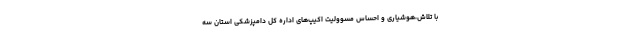
با تلاش،هوشیاری و احساس مسوولیت اکیپ‌های اداره کل دامپزشکی استان سه